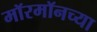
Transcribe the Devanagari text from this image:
मॉरमॉनच्या